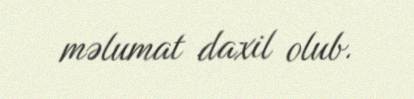
məlumat daxil olub.